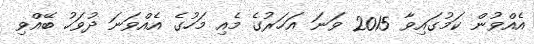
އެއްވުން ކަމުގައިވާ 2015 ވަނަ އަހަރުގެ މެއި މަހުގެ އެއްވަނަ ދުވަހު ބޭއްވި